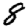
Digit: 8